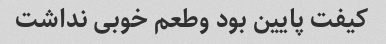
کیفت پایین بود وطعم خوبی نداشت